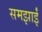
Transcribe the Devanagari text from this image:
समझाईं